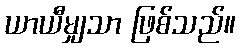
ယာယီမျှသာ ဖြစ်သည်။